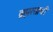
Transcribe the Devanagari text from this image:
ब्रह्मरसाची